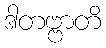
ဒါတဗ္ဗာတိ